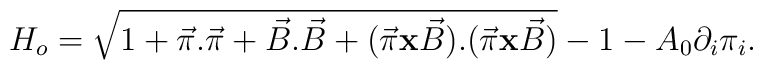
H_o = \sqrt{1 + \vec{\pi}.\vec{\pi} + \vec{B}.\vec{B} + (\vec{\pi} {\bf x} \vec{B}).(\vec{\pi} {\bf x} \vec{B})} - 1 - A_0\partial_i \pi_i .